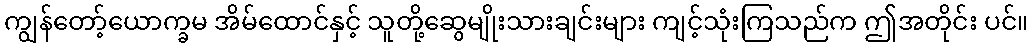
ကျွန်တော့်ယောက္ခမ အိမ်ထောင်နှင့် သူတို့ဆွေမျိုးသားချင်းများ ကျင့်သုံးကြသည်က ဤအတိုင်း ပင်။